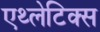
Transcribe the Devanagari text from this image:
एथ्लेटिक्स